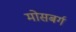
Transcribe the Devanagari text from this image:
मोसबर्ग